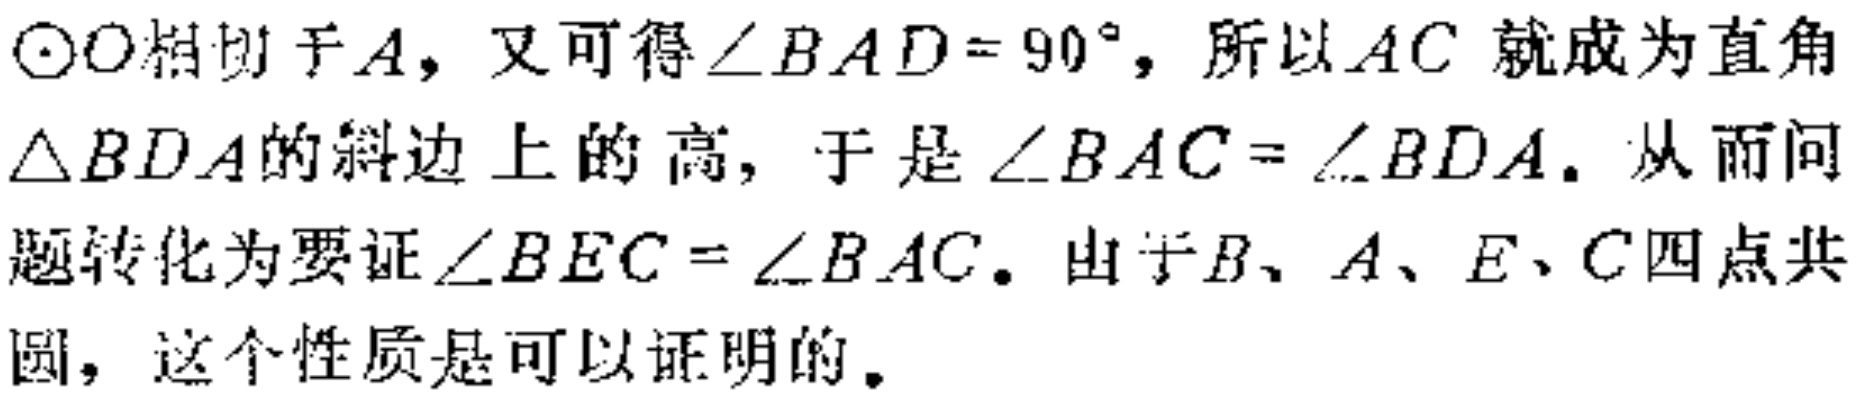
$\odot O$相切于$A$，又可得$\angle BAD = 90^{\circ}$，所以$AC$就成为直角$\triangle BDA$的斜边上的高，于是$\angle BAC = \angle BDA$. 从而问题转化为要证$\angle BEC = \angle BAC$. 由于$B、A、E、C$四点共圆，这个性质是可以证明的。